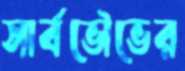
সার্বভৌভের